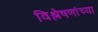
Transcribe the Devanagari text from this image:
विश्लेषणांच्या